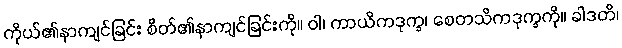
ကိုယ်၏နာကျင်ခြင်း စိတ်၏နာကျင်ခြင်းကို။ ဝါ၊ ကာယိကဒုက္ခ၊ စေတသိကဒုက္ခကို။ ခါဒတိ၊